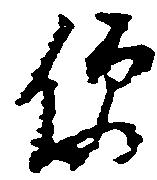
便